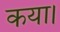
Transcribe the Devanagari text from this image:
कया।